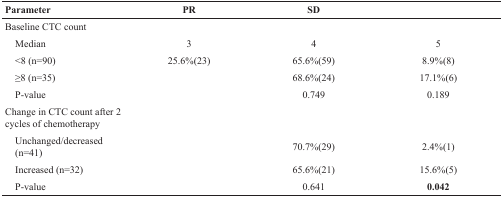
<table><thead><tr><td><b>Parameter</b></td><td><b>PR</b></td><td><b>SD</b></td><td>[EMPTY_CELL]</td></tr></thead><tbody><tr><td>Baseline CTC count</td><td>[EMPTY_CELL]</td><td>[EMPTY_CELL]</td><td>[EMPTY_CELL]</td></tr><tr><td> Median</td><td>3</td><td>4</td><td>5</td></tr><tr><td> &lt;8 (n=90)</td><td>25.6%(23)</td><td>65.6%(59)</td><td>8.9%(8)</td></tr><tr><td> ≥8 (n=35)</td><td>[EMPTY_CELL]</td><td>68.6%(24)</td><td>17.1%(6)</td></tr><tr><td> P-value</td><td>[EMPTY_CELL]</td><td>0.749</td><td>0.189</td></tr><tr><td>Change in CTC count after 2 cycles of chemotherapy</td><td>[EMPTY_CELL]</td><td>[EMPTY_CELL]</td><td>[EMPTY_CELL]</td></tr><tr><td> Unchanged/decreased (n=41)</td><td>[EMPTY_CELL]</td><td>70.7%(29)</td><td>2.4%(1)</td></tr><tr><td> Increased (n=32)</td><td>[EMPTY_CELL]</td><td>65.6%(21)</td><td>15.6%(5)</td></tr><tr><td> P-value</td><td>[EMPTY_CELL]</td><td>0.641</td><td><b>0.042</b></td></tr></tbody></table>